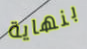
بنهاية